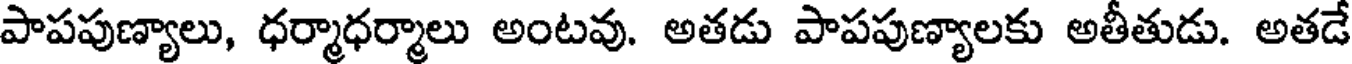
పాపపుణ్యాలు, ధర్మాధర్మాలు అంటవు. అతడు పాపపుణ్యాలకు అతీతుడు. అతడే